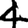
Digit: 4